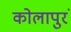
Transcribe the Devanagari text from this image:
कोलापुरं